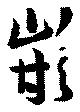
嵌